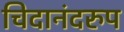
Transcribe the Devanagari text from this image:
चिदानंदरुप